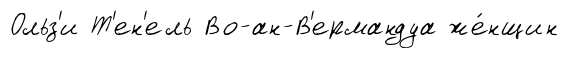
Ольз'и Т'ен'ель Во-ан-В'ермандуа же́нщин